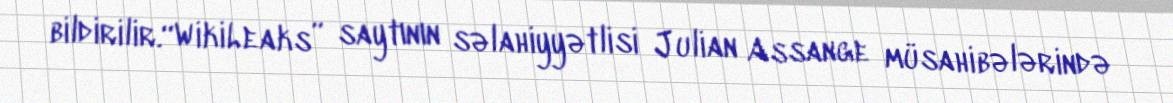
bildirilir.“WikiLeaks” saytının səlahiyyətlisi Julian Assange müsahibələrində